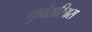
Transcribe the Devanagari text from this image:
मुनेरारिअस